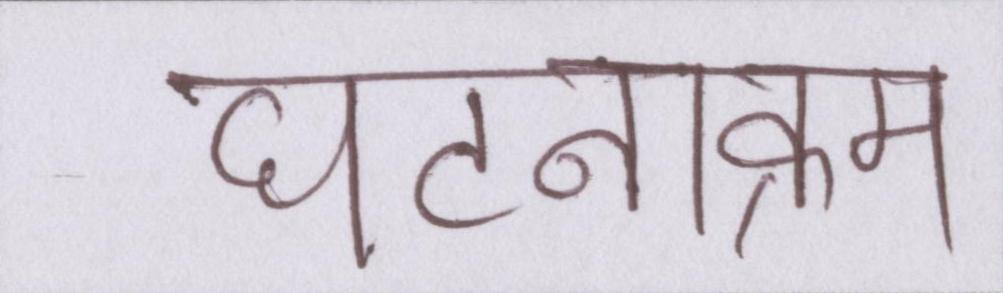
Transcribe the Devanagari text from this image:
घटनाक्रम